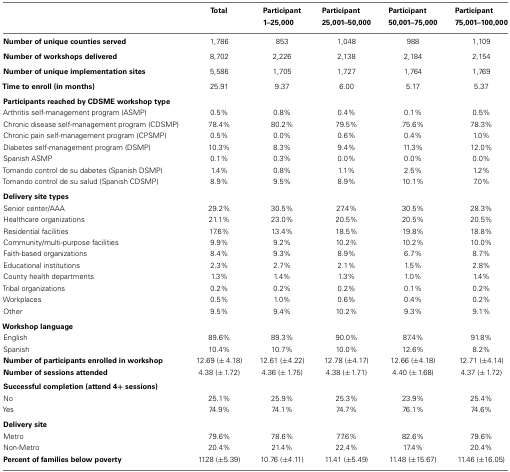
<table><thead><tr><td></td><td><b>Total</b></td><td><b>Participant 1–25,000</b></td><td><b>Participant 25,001–50,000</b></td><td><b>Participant 50,001–75,000</b></td><td><b>Participant 75,001–100,000</b></td></tr></thead><tbody><tr><td><b>Number of unique counties served</b></td><td>1,786</td><td>853</td><td>1,048</td><td>988</td><td>1,109</td></tr><tr><td><b>Number of workshops delivered</b></td><td>8,702</td><td>2,226</td><td>2,138</td><td>2,184</td><td>2,154</td></tr><tr><td><b>Number of unique implementation sites</b></td><td>5,586</td><td>1,705</td><td>1,727</td><td>1,764</td><td>1,769</td></tr><tr><td><b>Time to enroll (in months)</b></td><td>25.91</td><td>9.37</td><td>6.00</td><td>5.17</td><td>5.37</td></tr><tr><td colspan="6"><b>Participants reached by CDSME workshop type</b></td></tr><tr><td>Arthritis self-management program (ASMP)</td><td>0.5%</td><td>0.8%</td><td>0.4%</td><td>0.1%</td><td>0.5%</td></tr><tr><td>Chronic disease self-management program (CDSMP)</td><td>78.4%</td><td>80.2%</td><td>79.5%</td><td>75.6%</td><td>78.3%</td></tr><tr><td>Chronic pain self-management program (CPSMP)</td><td>0.5%</td><td>0.0%</td><td>0.6%</td><td>0.4%</td><td>1.0%</td></tr><tr><td>Diabetes self-management program (DSMP)</td><td>10.3%</td><td>8.3%</td><td>9.4%</td><td>11.3%</td><td>12.0%</td></tr><tr><td>Spanish ASMP</td><td>0.1%</td><td>0.3%</td><td>0.0%</td><td>0.0%</td><td>0.0%</td></tr><tr><td>Tomando control de su dabetes (Spanish DSMP)</td><td>1.4%</td><td>0.8%</td><td>1.1%</td><td>2.5%</td><td>1.2%</td></tr><tr><td>Tomando control de su salud (Spanish CDSMP)</td><td>8.9%</td><td>9.5%</td><td>8.9%</td><td>10.1%</td><td>7.0%</td></tr><tr><td colspan="6"><b>Delivery site types</b></td></tr><tr><td>Senior center/AAA</td><td>29.2%</td><td>30.5%</td><td>27.4%</td><td>30.5%</td><td>28.3%</td></tr><tr><td>Healthcare organizations</td><td>21.1%</td><td>23.0%</td><td>20.5%</td><td>20.5%</td><td>20.5%</td></tr><tr><td>Residential facilities</td><td>17.6%</td><td>13.4%</td><td>18.5%</td><td>19.8%</td><td>18.8%</td></tr><tr><td>Community/multi-purpose facilities</td><td>9.9%</td><td>9.2%</td><td>10.2%</td><td>10.2%</td><td>10.0%</td></tr><tr><td>Faith-based organizations</td><td>8.4%</td><td>9.3%</td><td>8.9%</td><td>6.7%</td><td>8.7%</td></tr><tr><td>Educational institutions</td><td>2.3%</td><td>2.7%</td><td>2.1%</td><td>1.5%</td><td>2.8%</td></tr><tr><td>County health departments</td><td>1.3%</td><td>1.4%</td><td>1.3%</td><td>1.0%</td><td>1.4%</td></tr><tr><td>Tribal organizations</td><td>0.2%</td><td>0.2%</td><td>0.2%</td><td>0.1%</td><td>0.2%</td></tr><tr><td>Workplaces</td><td>0.5%</td><td>1.0%</td><td>0.6%</td><td>0.4%</td><td>0.2%</td></tr><tr><td>Other</td><td>9.5%</td><td>9.4%</td><td>10.2%</td><td>9.3%</td><td>9.1%</td></tr><tr><td colspan="6"><b>Workshop language</b></td></tr><tr><td>English</td><td>89.6%</td><td>89.3%</td><td>90.0%</td><td>87.4%</td><td>91.8%</td></tr><tr><td>Spanish</td><td>10.4%</td><td>10.7%</td><td>10.0%</td><td>12.6%</td><td>8.2%</td></tr><tr><td><b>Number of participants enrolled in workshop</b></td><td>12.69 (± 4.18)</td><td>12.61 (±4.22)</td><td>12.78 (±4.17)</td><td>12.66 (±4.18)</td><td>12.71 (±4.14)</td></tr><tr><td><b>Number of sessions attended</b></td><td>4.38 (± 1.72)</td><td>4.36 (± 1.75)</td><td>4.38 (± 1.71)</td><td>4.40 (± 1.68)</td><td>4.37 (± 1.72)</td></tr><tr><td colspan="6"><b>Successful completion (attend 4+ sessions)</b></td></tr><tr><td>No</td><td>25.1%</td><td>25.9%</td><td>25.3%</td><td>23.9%</td><td>25.4%</td></tr><tr><td>Yes</td><td>74.9%</td><td>74.1%</td><td>74.7%</td><td>76.1%</td><td>74.6%</td></tr><tr><td colspan="6"><b>Delivery site</b></td></tr><tr><td>Metro</td><td>79.6%</td><td>78.6%</td><td>77.6%</td><td>82.6%</td><td>79.6%</td></tr><tr><td>Non-Metro</td><td>20.4%</td><td>21.4%</td><td>22.4%</td><td>17.4%</td><td>20.4%</td></tr><tr><td><b>Percent of families below poverty</b></td><td>1128 (±5.39)</td><td>10.76 (±4.11)</td><td>11.41 (±5.49)</td><td>11.48 (±15.67)</td><td>11.46 (±16.05)</td></tr></tbody></table>